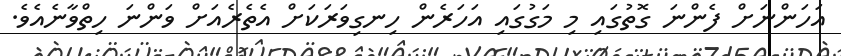
އަހަންނަށް ފެންނަ ގޮތުގައި މި މަގުގައި އަހަރެން ހިނގިވަރަކަށް އެތެރެއަށް ވަންނަ ހިތްވާނެއެވެ.